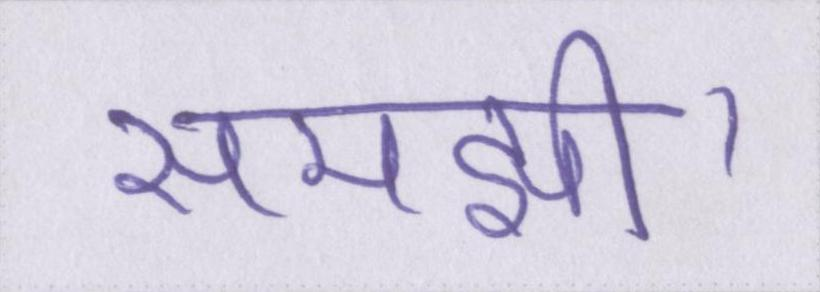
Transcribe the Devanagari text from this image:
समझी।